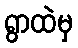
ရွာထဲမှ